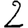
Digit: 2